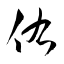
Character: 佑